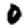
Digit: 0